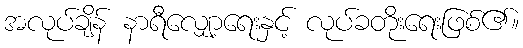
အလုပ်ချိန် နာရီလျှော့ရေးနှင့် လုပ်ခတိုးရေးဖြစ်၏။